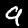
Digit: 9